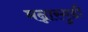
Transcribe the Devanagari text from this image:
मन्नारगुडी